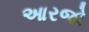
આરજો